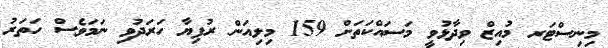
މިނިސްޓަރ މުއިޒް ވިދާޅުވީ މަސައްކަތަށް 159 މިލިއަން ރުފިޔާ ހަރަދުވި ނަމަވެސް ހަތަރު